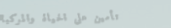
تأمين على الحياة والمركبا